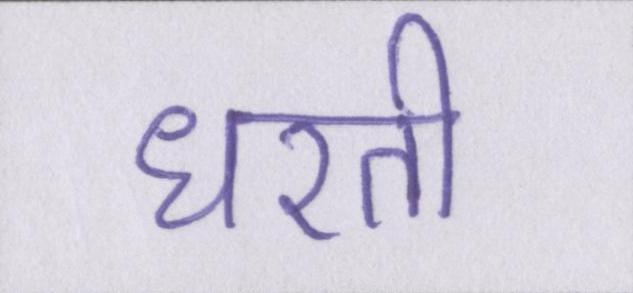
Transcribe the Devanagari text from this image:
धरती